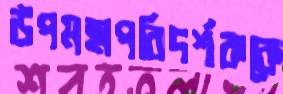
উপমহাপরিদর্শককে